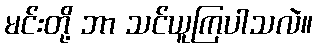
မင်းတို့ ဘာ သင်ယူကြပါသလဲ။